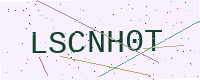
Text: LSCNH0T